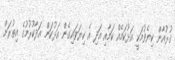
ޤުރުއާން ކިޔެވުމަކީ އަޅުކަމެއް ކަމާއި އަދި އެ ކިޔަވައިގެން އަޅުކަން އަދާކުރުމުގެ އިތުރަށް